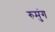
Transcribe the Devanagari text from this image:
रुमुंग